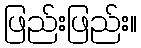
ဖြည်းဖြည်း။